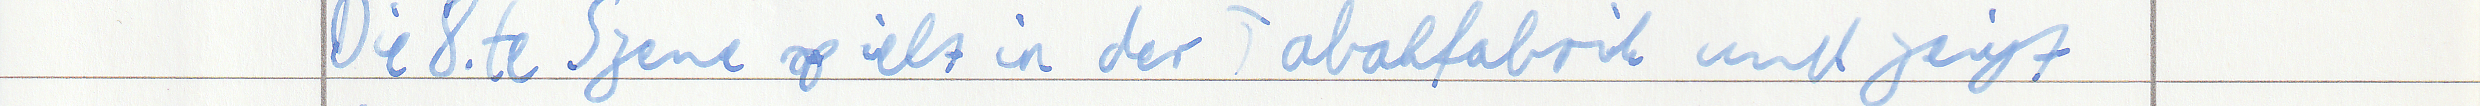
Die 8te Szene spielt in der Tabakfabrik und zeigt